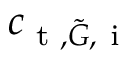
c _ { \textup { t } , \tilde { G } , \mathrm { ~ i ~ } }